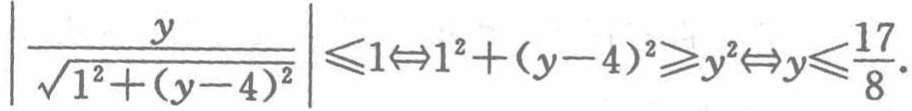
$\left|\frac{y}{\sqrt{1^{2}+(y - 4)^{2}}}\right|\leqslant1\Leftrightarrow1^{2}+(y - 4)^{2}\geqslant y^{2}\Leftrightarrow y\leqslant\frac{17}{8}.$